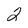
Character: 2